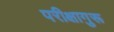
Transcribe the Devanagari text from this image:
परीक्षागुरू